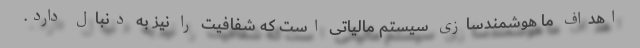
اهداف ما هوشمندسازی سیستم مالیاتی است که شفافیت را نیز به دنبال دارد.